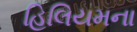
હિલિયમના